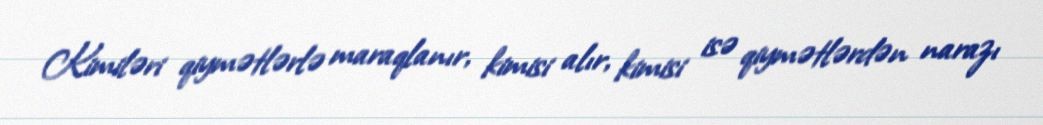
Kimiləri qiymətlərlə maraqlanır, kimisi alır, kimisi isə qiymətlərdən narazı